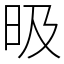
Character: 昅